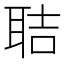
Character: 聐